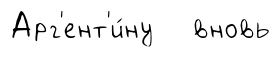
Арг'ент'и́ну вновь